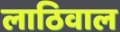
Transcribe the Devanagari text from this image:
लाठिवाल